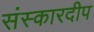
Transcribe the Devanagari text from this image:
संस्कारदीप